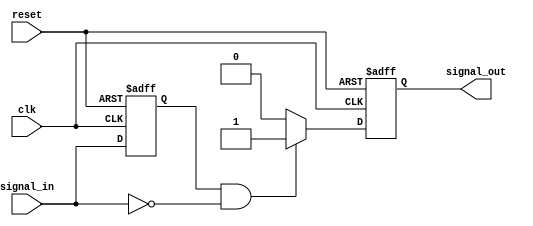
module negative_edge_detector (
    input wire clk,              // Clock signal
    input wire reset,            // Asynchronous reset signal
    input wire signal_in,        // Input signal to monitor
    output reg signal_out        // Output pulse indicating negative edge
);

reg prev_signal;                // Register to hold the previous state of signal_in

// Asynchronous reset and edge detection logic
always @(posedge clk or posedge reset) begin
    if (reset) begin
        prev_signal <= 1'b0;     // Initialize prev_signal to 0 on reset
        signal_out <= 1'b0;      // Initialize signal_out to 0 on reset
    end else begin
        // Edge detection logic
        if (prev_signal == 1'b1 && signal_in == 1'b0) begin
            signal_out <= 1'b1;   // Negative edge detected, set output high
        end else begin
            signal_out <= 1'b0;    // No edge detected, set output low
        end
        
        // Update previous signal state
        prev_signal <= signal_in; // Store current signal_in for next clock cycle
    end
end

endmodule